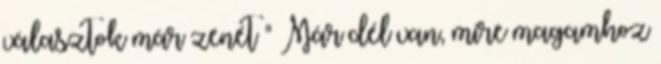
választok már zenét " Már dél van, mire magamhoz